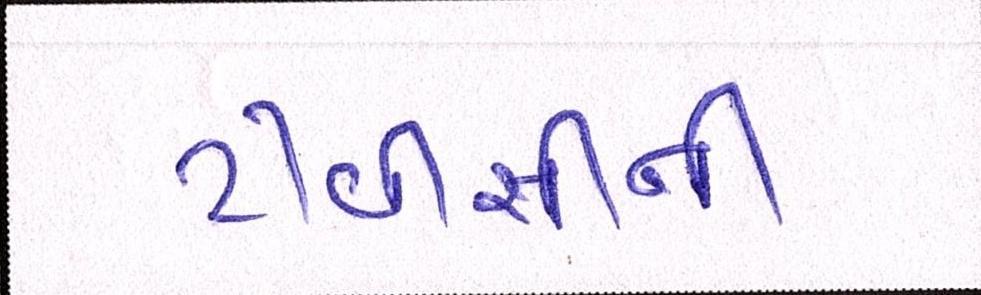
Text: ટીવીસીની